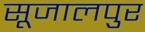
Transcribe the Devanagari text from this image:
सूजालपुर